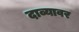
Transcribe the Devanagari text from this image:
दाव्यावर